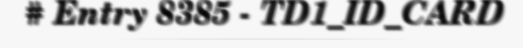
# Entry 8385 - TD1_ID_CARD